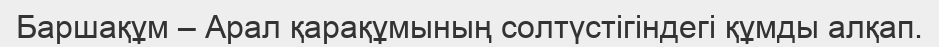
Баршақұм – Арал қарақұмының солтүстігіндегі құмды алқап.